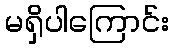
မရှိပါကြောင်း